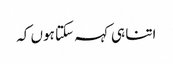
اتنا ہی کہہ سکتا ہوں کہ